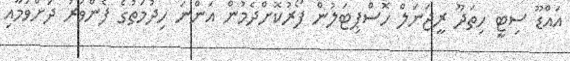
އައްޑޫ ސިޓީ ހިތަދޫ ރީޖަނަލް ހޮސްޕިޓަލުން ފޯރުކޮށްދެމުން އަންނަ ހިދުމަތުގެ ފެންވަރު ދަށްވުމާއި